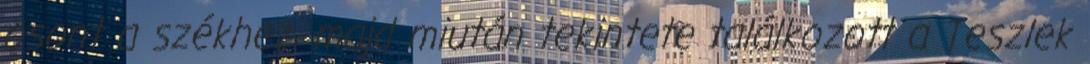
osont a székhez, majd miután tekintete találkozott a Teszlek